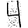
Digit: 4